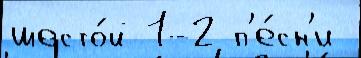
шесто́й 1-2 п'е́сн'и